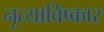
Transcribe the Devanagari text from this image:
नृत्याविष्कार